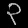
Digit: ၃